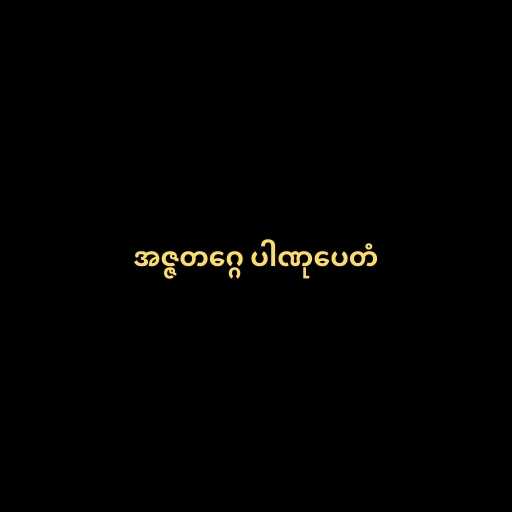
အဇ္ဇတဂ္ဂေ ပါဏုပေတံ